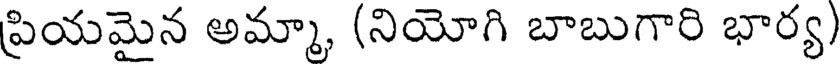
ప్రియమైన అమ్మా, (నియోగి బాబుగారి భార్య)